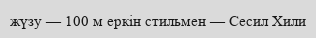
жүзу — 100 м еркін стильмен — Сесил Хили